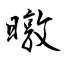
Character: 暾